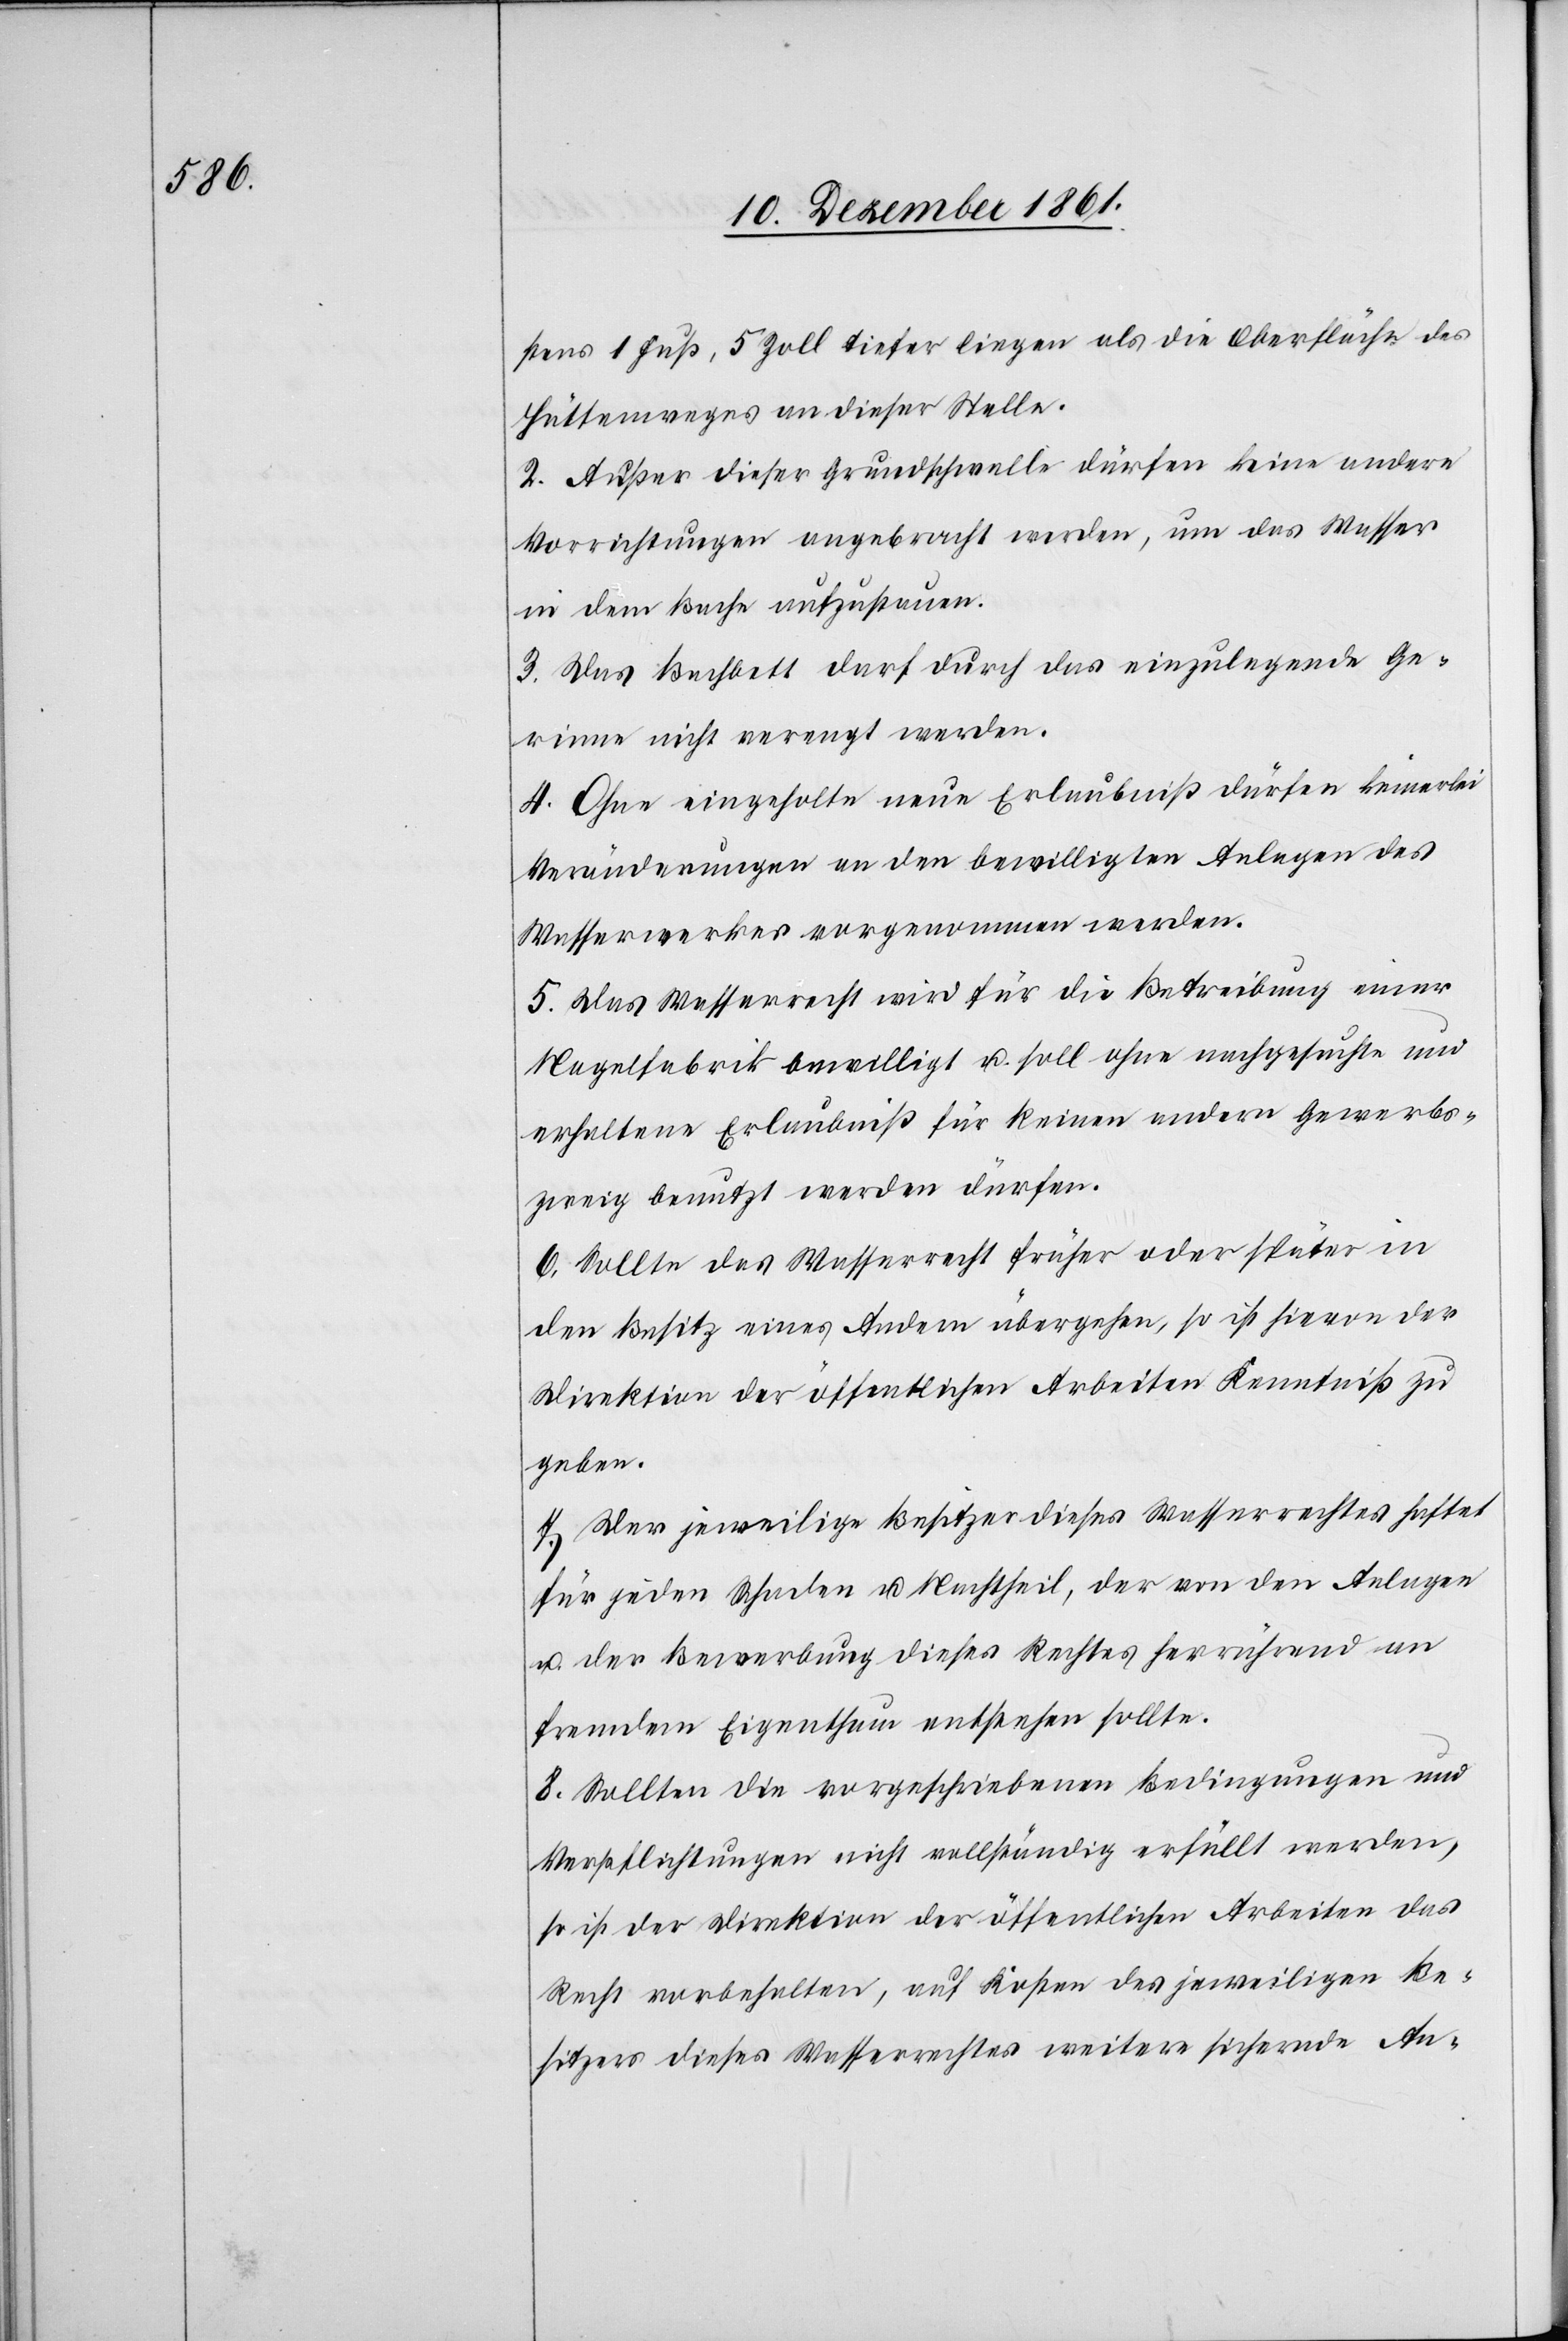
stens 1 Fuß, 5 Zoll tiefer liegen als die Oberfläche des
Hüttenweges an dieser Stelle.
2. Außer dieser Grundschwelle dürfen keine andern
Vorrichtungen angebracht werden, um das Wasser
in dem Bache aufzustauen.
3. Das Bachbett darf durch das einzulegende Ge¬
rinne nicht verengt werden.
4. Ohne eingeholte neue Erlaubniß dürfen keinerlei
Veränderungen an den bewilligten Anlagen des
Wasserwerkes vorgenommen werden.
5. Das Wasserrecht wird für die Betreibung einer
Nagelfabrik bewilligt u. soll ohne nachgesuchte und
erhaltene Erlaubniß für keinen andern Gewerbs¬
zweig benutzt werden dürfen.
6. Sollte das Wasserrecht früher oder später in
den Besitz eines Andern übergehen so ist hievon der
Direktion der öffentlichen Arbeiten Kenntniß zu
geben.
7. Der jeweilige Besitzer dieses Wasserrechtes haftet
für jeden Schaden u. Nachtheil, der von den Anlagen
u. der Bewerbung dieses Rechtes herrührend an
fremdem Eigenthum entstehen sollte.
8. Sollten die vorgeschriebenen Bedingungen und
Verpflichtungen nicht vollständig erfüllt werden,
so ist der Direktion der öffentlichen Arbeiten das
Recht vorbehalten, auf Kosten des jeweiligen Be¬
sitzers dieses Wasserrechtes weitere sichernde An-